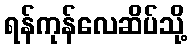
ရန်ကုန်လေဆိပ်သို့